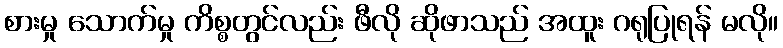
စားမှု သောက်မှု ကိစ္စတွင်လည်း ဖီလို ဆိုဖာသည် အထူး ဂရုပြုရန် မလို။